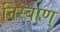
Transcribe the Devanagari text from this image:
निरबाण्